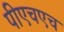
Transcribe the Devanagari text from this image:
पीएचएच